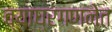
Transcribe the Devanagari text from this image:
व्याघ्रगणनेत